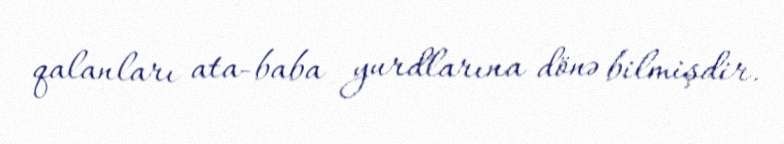
qalanları ata-baba yurdlarına dönə bilmişdir.